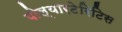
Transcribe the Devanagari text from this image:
पोल्यारटेरिटिस